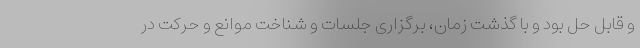
و قابل حل بود و با گذشت زمان، برگزاری جلسات و شناخت موانع و حرکت در